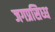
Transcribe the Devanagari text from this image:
जगप्रसिध्ध